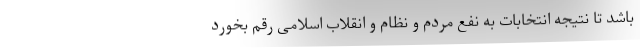
باشد تا نتیجه انتخابات به نفع مردم و نظام و انقلاب اسلامی رقم بخورد